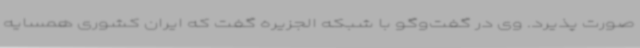
صورت پذیرد. وی در گفت‌وگو با شبکه الجزیره گفت که ایران کشوری همسایه